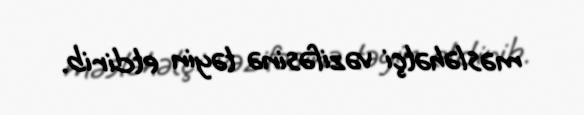
məsləhətçi vəzifəsinə təyin etdirib.